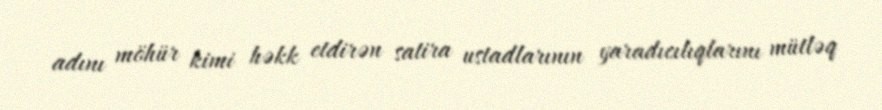
adını möhür kimi həkk etdirən satira ustadlarının yaradıcılıqlarını mütləq